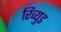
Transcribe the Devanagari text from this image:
रिव्युड